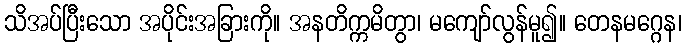
သိအပ်ပြီးသော အပိုင်းအခြားကို။ အနတိက္ကမိတွာ၊ မကျော်လွန်မူ၍။ တေနမဂ္ဂေန၊